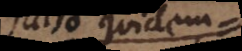
falso quidem